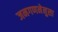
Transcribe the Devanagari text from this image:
जनगणनेनुसा